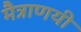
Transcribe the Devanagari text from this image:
मैत्राणयी